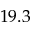
1 9 . 3